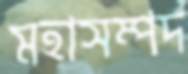
মহাসম্পদ